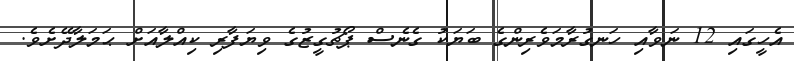
އެހީގައި 12 ނަވާއި ހަނގުރާމަވެރިންގެ ބަޔަކު ގެނެސް ޕޯޗުގީޒުގެ ވިޔަފާރި ކިއްލާއަށް ޙަމަލާދޭށެވެ.